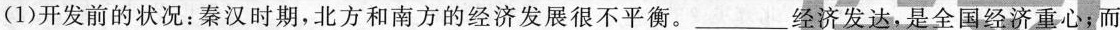
(1)开发前的状况：秦汉时期，北方和南方的经济发展很不平衡。___经济发达，是全国经济重心；而